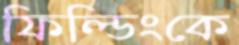
ফিল্ডিংকে